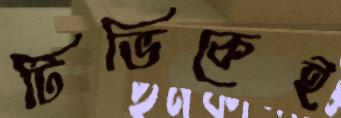
টিভিকেই